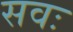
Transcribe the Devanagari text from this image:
सवः